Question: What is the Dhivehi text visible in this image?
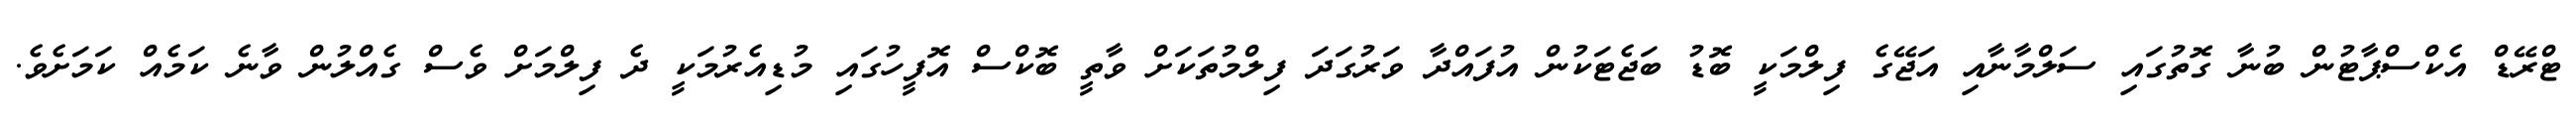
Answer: ޓްރޭޑް އެކްސްޕާޓުން ބުނާ ގޮތުގައި ސަލްމާނާއި އަޖޭގެ ފިލްމަކީ ބޮޑު ބަޖެޓަކުން އުފައްދާ ވަރުގަދަ ފިލްމުތަކަށް ވާތީ ބޮކްސް އޮފީހުގައި މުޑިއެރުމަކީ ދެ ފިލްމަށް ވެސް ގެއްލުން ވާނެ ކަމެއް ކަމަށެވެ.